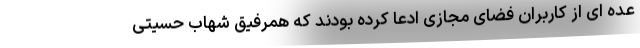
عده ای از کاربران فضای مجازی ادعا کرده بودند که همرفیق شهاب حسیتی